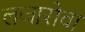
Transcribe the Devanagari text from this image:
लजारोवा